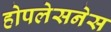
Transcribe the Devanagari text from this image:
होपलेसनेस